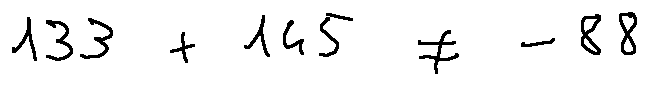
1 3 3 + 1 4 5 \neq - 8 8